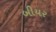
બીયર